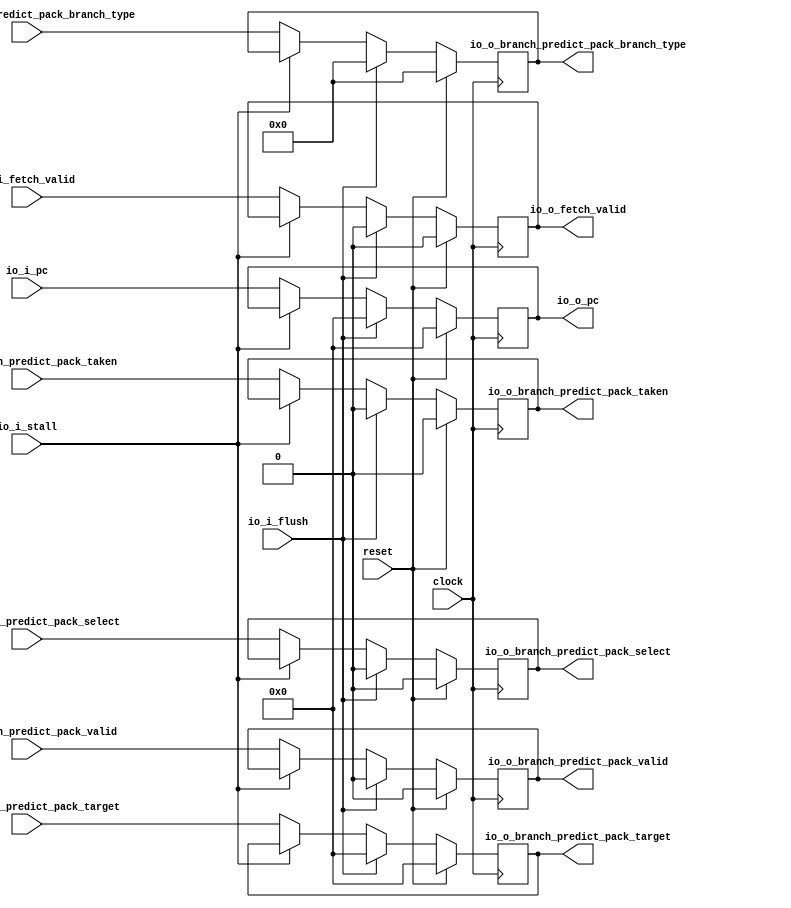
module IF2_IF3(
  input         clock,
  input         reset,
  input         io_i_stall,
  input         io_i_flush,
  input         io_i_fetch_valid,
  output        io_o_fetch_valid,
  input  [63:0] io_i_pc,
  output [63:0] io_o_pc,
  input         io_i_branch_predict_pack_valid,
  input  [63:0] io_i_branch_predict_pack_target,
  input  [3:0]  io_i_branch_predict_pack_branch_type,
  input         io_i_branch_predict_pack_select,
  input         io_i_branch_predict_pack_taken,
  output        io_o_branch_predict_pack_valid,
  output [63:0] io_o_branch_predict_pack_target,
  output [3:0]  io_o_branch_predict_pack_branch_type,
  output        io_o_branch_predict_pack_select,
  output        io_o_branch_predict_pack_taken
);
`ifdef RANDOMIZE_REG_INIT
  reg [63:0] _RAND_0;
  reg [31:0] _RAND_1;
  reg [63:0] _RAND_2;
  reg [31:0] _RAND_3;
  reg [31:0] _RAND_4;
  reg [31:0] _RAND_5;
  reg [31:0] _RAND_6;
`endif // RANDOMIZE_REG_INIT
  reg [63:0] pc; // @[if2_if3.scala 24:21]
  reg  branch_predict_pack_valid; // @[if2_if3.scala 28:38]
  reg [63:0] branch_predict_pack_target; // @[if2_if3.scala 28:38]
  reg [3:0] branch_predict_pack_branch_type; // @[if2_if3.scala 28:38]
  reg  branch_predict_pack_select; // @[if2_if3.scala 28:38]
  reg  branch_predict_pack_taken; // @[if2_if3.scala 28:38]
  reg  fetch_valid; // @[if2_if3.scala 33:30]
  assign io_o_fetch_valid = fetch_valid; // @[if2_if3.scala 35:22]
  assign io_o_pc = pc; // @[if2_if3.scala 26:13]
  assign io_o_branch_predict_pack_valid = branch_predict_pack_valid; // @[if2_if3.scala 31:30]
  assign io_o_branch_predict_pack_target = branch_predict_pack_target; // @[if2_if3.scala 31:30]
  assign io_o_branch_predict_pack_branch_type = branch_predict_pack_branch_type; // @[if2_if3.scala 31:30]
  assign io_o_branch_predict_pack_select = branch_predict_pack_select; // @[if2_if3.scala 31:30]
  assign io_o_branch_predict_pack_taken = branch_predict_pack_taken; // @[if2_if3.scala 31:30]
  always @(posedge clock) begin
    if (reset) begin // @[if2_if3.scala 24:21]
      pc <= 64'h0; // @[if2_if3.scala 24:21]
    end else if (io_i_flush) begin // @[if2_if3.scala 25:14]
      pc <= 64'h0;
    end else if (!(io_i_stall)) begin // @[if2_if3.scala 25:35]
      pc <= io_i_pc;
    end
    if (reset) begin // @[if2_if3.scala 28:38]
      branch_predict_pack_valid <= 1'h0; // @[if2_if3.scala 28:38]
    end else if (io_i_flush) begin // @[if2_if3.scala 29:31]
      branch_predict_pack_valid <= 1'h0;
    end else if (!(io_i_stall)) begin // @[if2_if3.scala 29:88]
      branch_predict_pack_valid <= io_i_branch_predict_pack_valid;
    end
    if (reset) begin // @[if2_if3.scala 28:38]
      branch_predict_pack_target <= 64'h0; // @[if2_if3.scala 28:38]
    end else if (io_i_flush) begin // @[if2_if3.scala 29:31]
      branch_predict_pack_target <= 64'h0;
    end else if (!(io_i_stall)) begin // @[if2_if3.scala 29:88]
      branch_predict_pack_target <= io_i_branch_predict_pack_target;
    end
    if (reset) begin // @[if2_if3.scala 28:38]
      branch_predict_pack_branch_type <= 4'h0; // @[if2_if3.scala 28:38]
    end else if (io_i_flush) begin // @[if2_if3.scala 29:31]
      branch_predict_pack_branch_type <= 4'h0;
    end else if (!(io_i_stall)) begin // @[if2_if3.scala 29:88]
      branch_predict_pack_branch_type <= io_i_branch_predict_pack_branch_type;
    end
    if (reset) begin // @[if2_if3.scala 28:38]
      branch_predict_pack_select <= 1'h0; // @[if2_if3.scala 28:38]
    end else if (io_i_flush) begin // @[if2_if3.scala 29:31]
      branch_predict_pack_select <= 1'h0;
    end else if (!(io_i_stall)) begin // @[if2_if3.scala 29:88]
      branch_predict_pack_select <= io_i_branch_predict_pack_select;
    end
    if (reset) begin // @[if2_if3.scala 28:38]
      branch_predict_pack_taken <= 1'h0; // @[if2_if3.scala 28:38]
    end else if (io_i_flush) begin // @[if2_if3.scala 29:31]
      branch_predict_pack_taken <= 1'h0;
    end else if (!(io_i_stall)) begin // @[if2_if3.scala 29:88]
      branch_predict_pack_taken <= io_i_branch_predict_pack_taken;
    end
    if (reset) begin // @[if2_if3.scala 33:30]
      fetch_valid <= 1'h0; // @[if2_if3.scala 33:30]
    end else if (io_i_flush) begin // @[if2_if3.scala 34:23]
      fetch_valid <= 1'h0;
    end else if (!(io_i_stall)) begin // @[if2_if3.scala 34:48]
      fetch_valid <= io_i_fetch_valid;
    end
  end
// Register and memory initialization
`ifdef RANDOMIZE_GARBAGE_ASSIGN
`define RANDOMIZE
`endif
`ifdef RANDOMIZE_INVALID_ASSIGN
`define RANDOMIZE
`endif
`ifdef RANDOMIZE_REG_INIT
`define RANDOMIZE
`endif
`ifdef RANDOMIZE_MEM_INIT
`define RANDOMIZE
`endif
`ifndef RANDOM
`define RANDOM $random
`endif
`ifdef RANDOMIZE_MEM_INIT
  integer initvar;
`endif
`ifndef SYNTHESIS
`ifdef FIRRTL_BEFORE_INITIAL
`FIRRTL_BEFORE_INITIAL
`endif
initial begin
  `ifdef RANDOMIZE
    `ifdef INIT_RANDOM
      `INIT_RANDOM
    `endif
    `ifndef VERILATOR
      `ifdef RANDOMIZE_DELAY
        #`RANDOMIZE_DELAY begin end
      `else
        #0.002 begin end
      `endif
    `endif
`ifdef RANDOMIZE_REG_INIT
  _RAND_0 = {2{`RANDOM}};
  pc = _RAND_0[63:0];
  _RAND_1 = {1{`RANDOM}};
  branch_predict_pack_valid = _RAND_1[0:0];
  _RAND_2 = {2{`RANDOM}};
  branch_predict_pack_target = _RAND_2[63:0];
  _RAND_3 = {1{`RANDOM}};
  branch_predict_pack_branch_type = _RAND_3[3:0];
  _RAND_4 = {1{`RANDOM}};
  branch_predict_pack_select = _RAND_4[0:0];
  _RAND_5 = {1{`RANDOM}};
  branch_predict_pack_taken = _RAND_5[0:0];
  _RAND_6 = {1{`RANDOM}};
  fetch_valid = _RAND_6[0:0];
`endif // RANDOMIZE_REG_INIT
  `endif // RANDOMIZE
end // initial
`ifdef FIRRTL_AFTER_INITIAL
`FIRRTL_AFTER_INITIAL
`endif
`endif // SYNTHESIS
endmodule